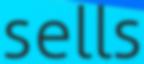
sells